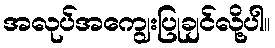
အလုပ်အကျွေးပြုချင်လို့ပါ။